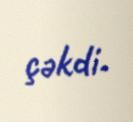
çəkdi.